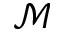
\mathcal { M }